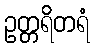
ဥတ္တရိတရံ